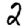
Digit: 2